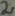
Text: 2